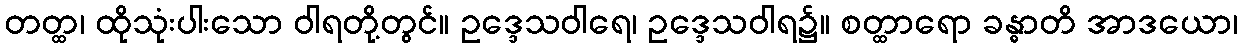
တတ္ထ၊ ထိုသုံးပါးသော ဝါရတို့တွင်။ ဥဒ္ဒေသဝါရေ၊ ဥဒ္ဒေသဝါရ၌။ စတ္ထာရော ခန္ဓာတိ အာဒယော၊